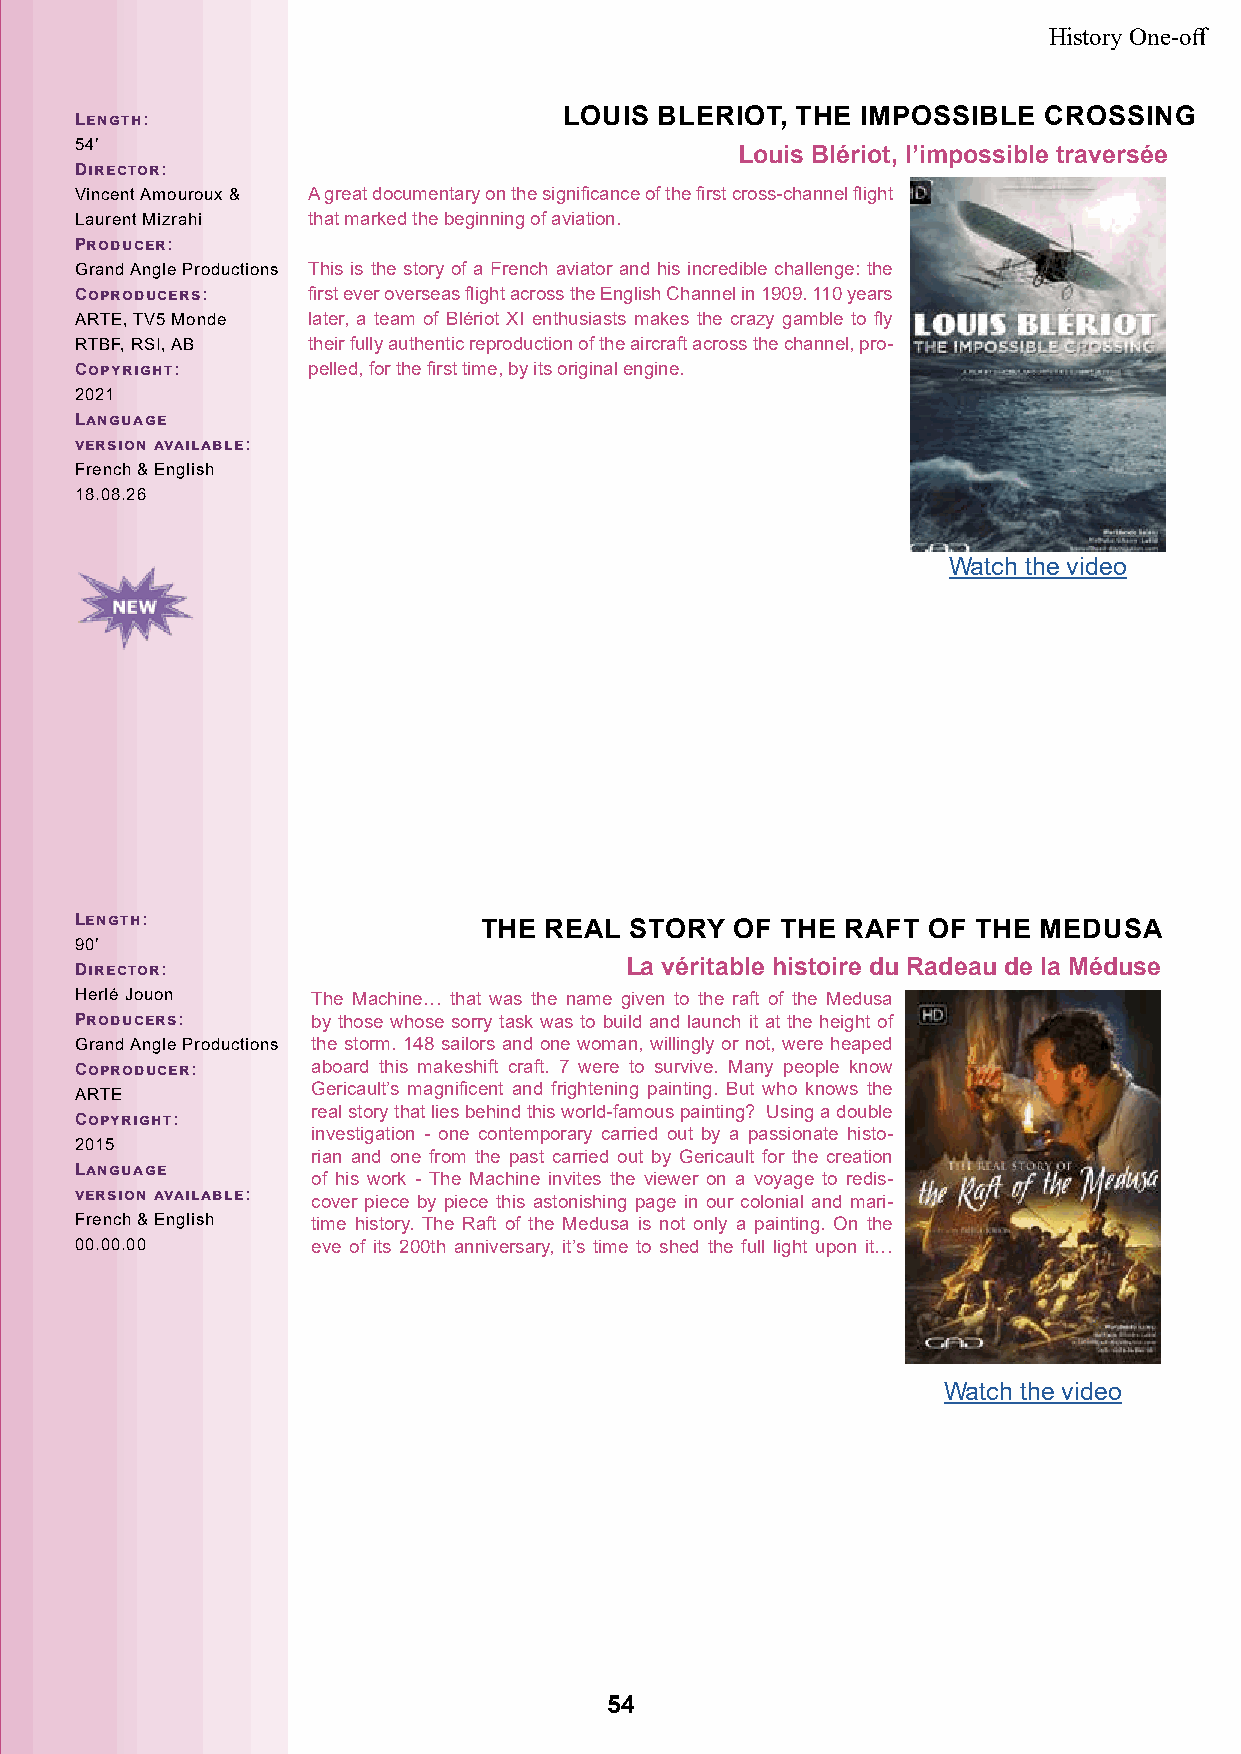
History One-off
 Length:
 LOUIS  BLERIOT, THE IMPOSSIBLE  CROSSING
 54’
 Louis Blériot, l’impossible traversée
 Director:
 Vincent Amouroux & A great documentary on the significance of the first cross-channel flight
 Laurent Mizrahi that marked the beginning of aviation.
 Producer:
 Grand Angle Productions This is the story of a French aviator and his incredible challenge: the
 Coproducers:   first ever overseas flight across the English Channel in 1909. 110 years
 ARTE, TV5 Monde later, a team of Blériot XI enthusiasts makes the crazy gamble to fly
 RTBF, RSI, AB  their fully authentic reproduction of the aircraft across the channel, pro-
 Copyright:     pelled, for the first time, by its original engine.
 2021
 Language
 version available:
 French & English
 18.08.26
 Watch the video
 Length:                    THE REAL  STORY  OF THE RAFT OF  THE MEDUSA
 90’
 Director:                           La véritable histoire du Radeau de la Méduse
 Herlé Jouon     The Machine… that was the name given to the raft of the Medusa
 Producers:      by those whose sorry task was to build and launch it at the height of
 Grand Angle Productions the storm. 148 sailors and one woman, willingly or not, were heaped
 Coproducer:     aboard this makeshift craft. 7 were to survive. Many people know
 ARTE            Gericault’s magnificent and frightening painting. But who knows the
 real story that lies behind this world-famous painting? Using a double
 Copyright:
 investigation - one contemporary carried out by a passionate histo-
 2015
 rian and one from the past carried out by Gericault for the creation
 Language
 of his work - The Machine invites the viewer on a voyage to redis-
 version available: cover piece by piece this astonishing page in our colonial and mari-
 French & English time history. The Raft of the Medusa is not only a painting. On the
 00.00.00        eve of its 200th anniversary, it’s time to shed the full light upon it…
 Watch the video
 54